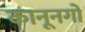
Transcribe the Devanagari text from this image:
कानूनगों